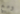
ومع